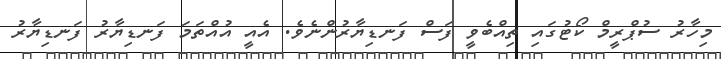
މިހާރު ސުޕްރީމް ކޯޓުގައި ތިއްބެވީ ފަސް ފަނޑިޔާރުންނެވެ. އެއީ އުއްތަމަ ފަނޑިޔާރު ފަނޑިޔާރު